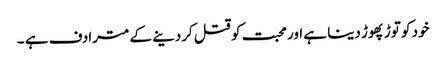
خود کو توڑ پھوڑ دینا ہے اور محبت کو قتل کردینے کے مترادف ہے ۔